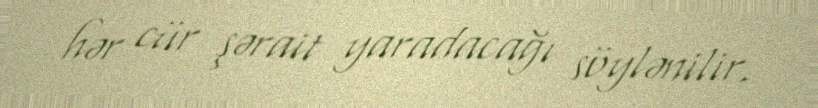
hər cür şərait yaradacağı söylənilir.